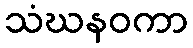
သံဃနဝကာ